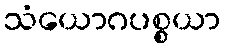
သံယောဂပစ္စယာ